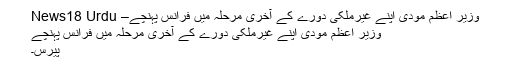
وزیر اعظم مودی اپنے غیرملکی دورے کے آخری مرحلہ میں فرانس پہنچے– News18 Urdu
وزیر اعظم مودی اپنے غیرملکی دورے کے آخری مرحلہ میں فرانس پہنچے
پیرس۔